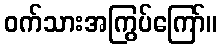
ဝက်သားအကြွပ်ကြော်။